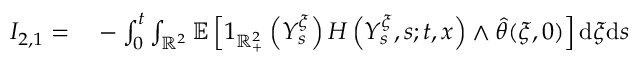
\begin{array} { r l } { I _ { 2 , 1 } = } & { { } - \int _ { 0 } ^ { t } \int _ { \mathbb { R } ^ { 2 } } \mathbb { E } \left[ 1 _ { \mathbb { R } _ { + } ^ { 2 } } \left( Y _ { s } ^ { \xi } \right) H \left( Y _ { s } ^ { \xi } , s ; t , x \right) \wedge \hat { \theta } ( \xi , 0 ) \right] \mathrm { d } \xi \mathrm { d } s } \end{array}